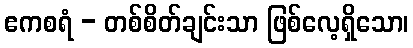
ဧကစရံ - တစ်စိတ်ချင်းသာ ဖြစ်လေ့ရှိသော၊